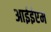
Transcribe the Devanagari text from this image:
आईईएम